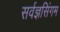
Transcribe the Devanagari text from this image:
सर्वज्ञसिंगम